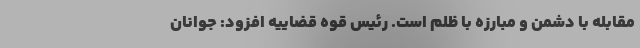
مقابله با دشمن و مبارزه با ظلم است. رئیس قوه قضاییه افزود: جوانان